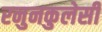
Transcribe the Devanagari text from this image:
रनुनकुलेसी